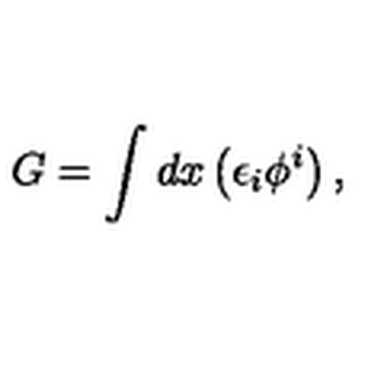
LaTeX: G = \int d x \left( \epsilon _ { i } \phi ^ { i } \right) ,